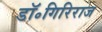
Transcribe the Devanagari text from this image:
डॉ॰गिरिराज